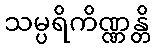
သမ္ပရိကိဏ္ဏန္တိ